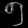
Digit: ၅